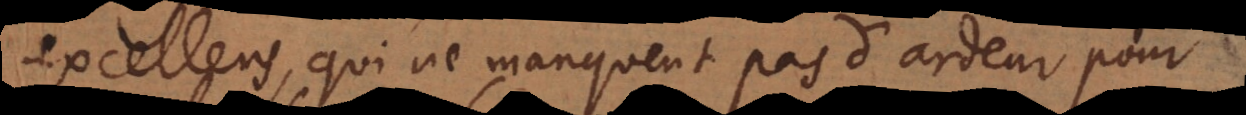
excellens, qui ne manquent pas d’ardeur pour